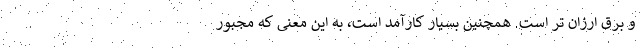
و برق ارزان تر است. همچنین بسیار کارآمد است، به این معنی که مجبور